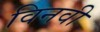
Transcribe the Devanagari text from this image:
विनवी